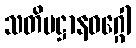
သတိပဋ္ဌာနဝဂ္ဂေါ